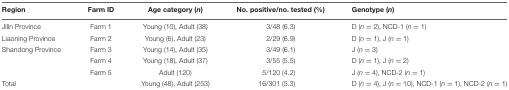
<table><thead><tr><td><b>Region</b></td><td><b>Farm ID</b></td><td><b>Age category (<i>n</i>)</b></td><td><b>No. positive/no. tested (%)</b></td><td><b>Genotype (<i>n</i>)</b></td></tr></thead><tbody><tr><td>Jilin Province</td><td>Farm 1</td><td>Young (10), Adult (38)</td><td>3/48 (6.3)</td><td>D (<i>n</i> = 2), NCD-1 (<i>n</i> = 1)</td></tr><tr><td>Liaoning Province</td><td>Farm 2</td><td>Young (6), Adult (23)</td><td>2/29 (6.9)</td><td>D (<i>n</i> = 1), J (<i>n</i> = 1)</td></tr><tr><td>Shandong Province</td><td>Farm 3</td><td>Young (14), Adult (35)</td><td>3/49 (6.1)</td><td>J (<i>n</i> = 3)</td></tr><tr><td></td><td>Farm 4</td><td>Young (18), Adult (37)</td><td>3/55 (5.5)</td><td>D (<i>n</i> = 1), J (<i>n</i> = 2)</td></tr><tr><td></td><td>Farm 5</td><td>Adult (120)</td><td>5/120 (4.2)</td><td>J (<i>n</i> = 4), NCD-2 (<i>n</i> = 1)</td></tr><tr><td>Total</td><td></td><td>Young (48), Adult (253)</td><td>16/301 (5.3)</td><td>D (<i>n</i> = 4), J (<i>n</i> = 10), NCD-1 (<i>n</i> = 1), NCD-2 (<i>n</i> = 1)</td></tr></tbody></table>